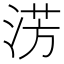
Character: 淓